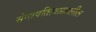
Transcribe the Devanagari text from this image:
सेनापतित्वाखालील